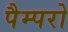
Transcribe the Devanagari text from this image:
पैम्परो